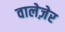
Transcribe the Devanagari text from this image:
वालेज़ेर